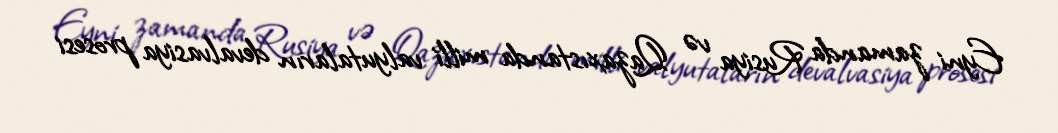
Eyni zamanda Rusiya və Qazaxıstanda milli valyutaların devalvasiya prosesi